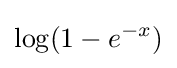
\log(1-e^{-x})